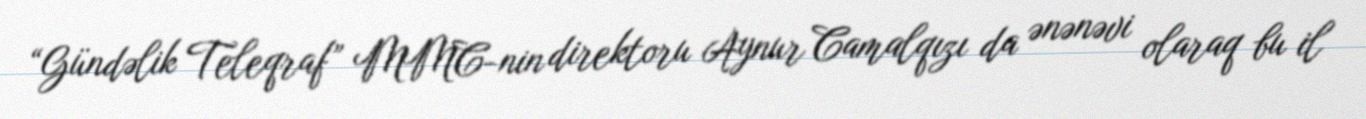
“Gündəlik Teleqraf” MMC-nin direktoru Aynur Camalqızı da ənənəvi olaraq bu il